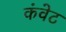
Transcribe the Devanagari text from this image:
कंवेट